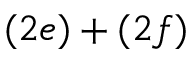
( 2 e ) + ( 2 f )